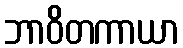
ဘာဝိတကာယာ